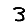
Digit: 3